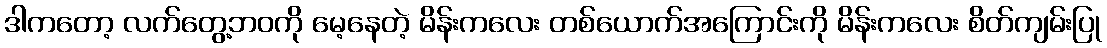
ဒါကတော့ လက်တွေ့ဘဝကို မေ့နေတဲ့ မိန်းကလေး တစ်ယောက်အကြောင်းကို မိန်းကလေး စိတ်ကျမ်းပြု